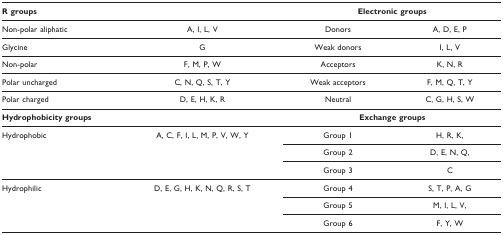
<table><thead><tr><td colspan="2"><b>R groups</b></td><td colspan="2"><b>Electronic groups</b></td></tr></thead><tbody><tr><td>Non-polar aliphatic</td><td>A, I, L, V</td><td>Donors</td><td>A, D, E, P</td></tr><tr><td>Glycine</td><td>G</td><td>Weak donors</td><td>I, L, V</td></tr><tr><td>Non-polar</td><td>F, M, P, W</td><td>Acceptors</td><td>K, N, R</td></tr><tr><td>Polar uncharged</td><td>C, N, Q, S, T, Y</td><td>Weak acceptors</td><td>F, M, Q, T, Y</td></tr><tr><td>Polar charged</td><td>D, E, H, K, R</td><td>Neutral</td><td>C, G, H, S, W</td></tr><tr><td colspan="2"><b>Hydrophobicity groups</b></td><td colspan="2"><b>Exchange groups</b></td></tr><tr><td>Hydrophobic</td><td>A, C, F, I, L, M, P, V, W, Y</td><td>Group 1</td><td>H, R, K,</td></tr><tr><td></td><td></td><td>Group 2</td><td>D, E, N, Q,</td></tr><tr><td></td><td></td><td>Group 3</td><td>C</td></tr><tr><td>Hydrophilic</td><td>D, E, G, H, K, N, Q, R, S, T</td><td>Group 4</td><td>S, T, P, A, G</td></tr><tr><td></td><td></td><td>Group 5</td><td>M, I, L, V,</td></tr><tr><td></td><td></td><td>Group 6</td><td>F, Y, W</td></tr></tbody></table>